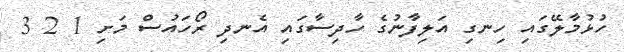
ހުޅުމާލޭގައި ހިނގި އަލިފާނުގެ ހާދިސާގައި އެނދި ރޯހައުސް މަށި 1 2 3